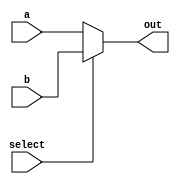
`timescale 1ns / 1ps
//////////////////////////////////////////////////////////////////////////////////
//																				//
// CMPEN 331 Spring 2017														//
// Code by John Huddleston (Section 2)											//
// Generic multiplexer module													//
// 																				//
//////////////////////////////////////////////////////////////////////////////////


module RegMux(
    input [4:0] a,
    input [4:0] b,
    input select,
    output [4:0] out
    );
    
    assign out = (select == 0) ? a : b;
    
endmodule